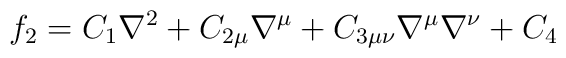
f_2 = C_{1}\nabla^2 + C_{2\mu}\nabla^{\mu} +C_{3\mu \nu}\nabla^{\mu}\nabla^{\nu} + C_4